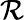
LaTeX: {\cal R}